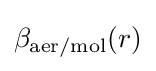
\beta _{\mathrm {aer/mol} }(r)